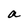
Character: a